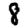
Digit: 8